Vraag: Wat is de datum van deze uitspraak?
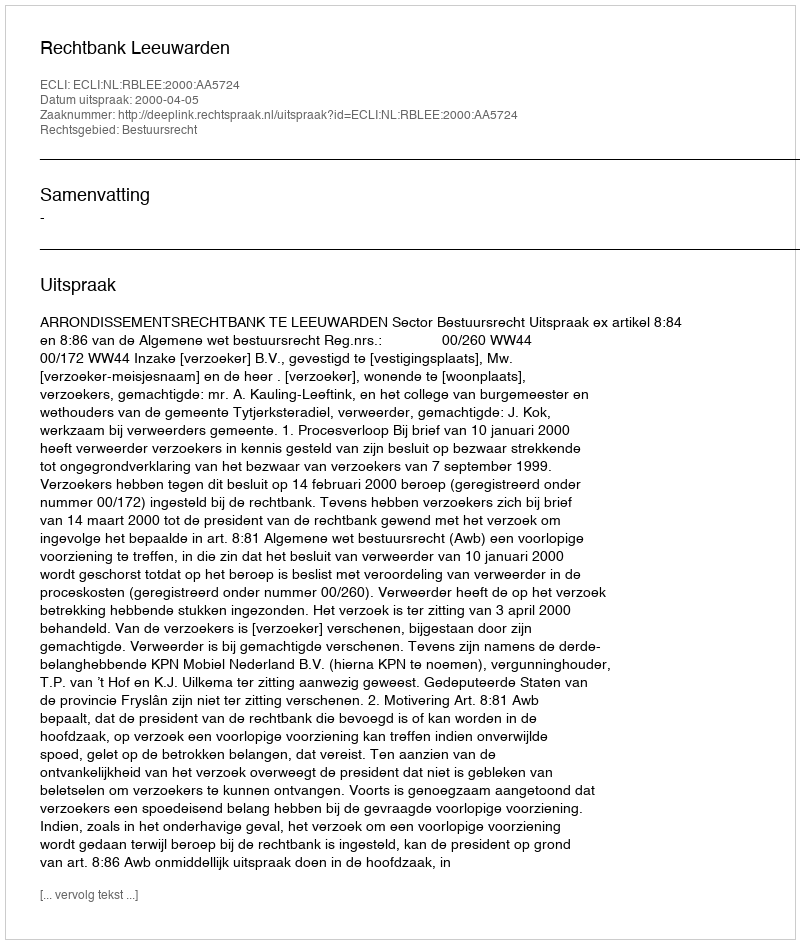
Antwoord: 2000-04-05